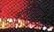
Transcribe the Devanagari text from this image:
अनंतमितीय